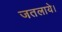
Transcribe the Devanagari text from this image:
जतलाये।